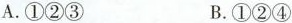
A.①②③ B.①②④